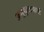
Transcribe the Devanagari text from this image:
अनुकूलनाची